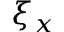
\xi _ { x }